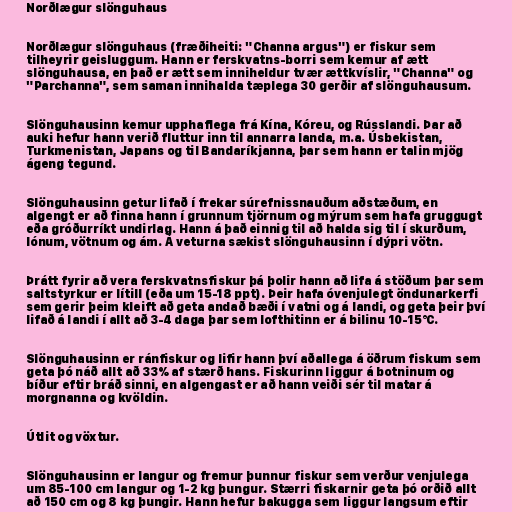
Norðlægur slönguhaus

Norðlægur slönguhaus (fræðiheiti: "Channa argus") er fiskur sem
tilheyrir geisluggum. Hann er ferskvatns-borri sem kemur af ætt
slönguhausa, en það er ætt sem inniheldur tvær ættkvíslir, "Channa" og
"Parchanna", sem saman innihalda tæplega 30 gerðir af slönguhausum.

Slönguhausinn kemur upphaflega frá Kína, Kóreu, og Rússlandi. Þar að
auki hefur hann verið fluttur inn til annarra landa, m.a. Úsbekistan,
Turkmenistan, Japans og til Bandaríkjanna, þar sem hann er talin mjög
ágeng tegund.

Slönguhausinn getur lifað í frekar súrefnissnauðum aðstæðum, en
algengt er að finna hann í grunnum tjörnum og mýrum sem hafa gruggugt
eða gróðurríkt undirlag. Hann á það einnig til að halda sig til í skurðum,
lónum, vötnum og ám. Á veturna sækist slönguhausinn í dýpri vötn.

Þrátt fyrir að vera ferskvatnsfiskur þá þolir hann að lifa á stöðum þar sem
saltstyrkur er lítill (eða um 15-18 ppt). Þeir hafa óvenjulegt öndunarkerfi
sem gerir þeim kleift að geta andað bæði í vatni og á landi, og geta þeir því
lifað á landi í allt að 3-4 daga þar sem lofthitinn er á bilinu 10-15°C.

Slönguhausinn er ránfiskur og lifir hann því aðallega á öðrum fiskum sem
geta þó náð allt að 33% af stærð hans. Fiskurinn liggur á botninum og
bíður eftir bráð sinni, en algengast er að hann veiði sér til matar á
morgnanna og kvöldin.

Útlit og vöxtur.

Slönguhausinn er langur og fremur þunnur fiskur sem verður venjulega
um 85-100 cm langur og 1-2 kg þungur. Stærri fiskarnir geta þó orðið allt
að 150 cm og 8 kg þungir. Hann hefur bakugga sem liggur langsum eftir